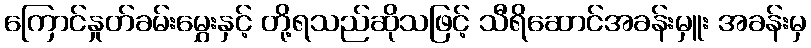
ကြောင်နှုတ်ခမ်းမွှေးနှင့် တို့ရသည်ဆိုသဖြင့် သီရိဆောင်အခန်းမှူး အခန်းမှ